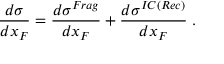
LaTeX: \frac { d \sigma } { d x _ { F } } = \frac { d \sigma ^ { F r a g } } { d x _ { F } } + \frac { d \sigma ^ { I C ( R e c ) } } { d x _ { F } } \; .